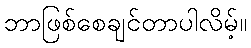
ဘာဖြစ်စေချင်တာပါလိမ့်။